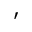
'